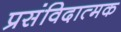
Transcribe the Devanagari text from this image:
प्रसंविदात्मक